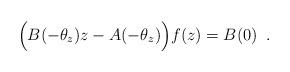
LaTeX: \begin{align*}\Big(B(-\theta_z)z-A(-\theta_z)\Big)f(z)=B(0)\enspace.\end{align*}